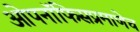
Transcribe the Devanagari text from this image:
ओपनॉफिसप्रमाणेच